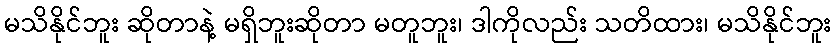
မသိနိုင်ဘူး ဆိုတာနဲ့ မရှိဘူးဆိုတာ မတူဘူး၊ ဒါကိုလည်း သတိထား၊ မသိနိုင်ဘူး